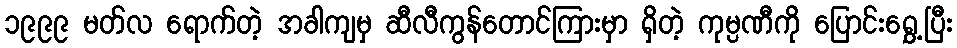
၁၉၉၉ မတ်လ ရောက်တဲ့ အခါကျမှ ဆီလီကွန်တောင်ကြားမှာ ရှိတဲ့ ကုမ္ပဏီကို ပြောင်းရွှေ့ပြီး